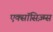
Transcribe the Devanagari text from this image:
एक्सॉसिज़्म्स